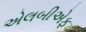
એલબીએફ